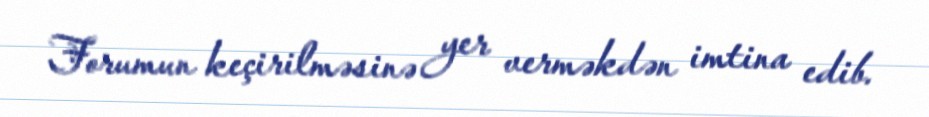
Forumun keçirilməsinə yer verməkdən imtina edib.